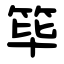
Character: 筚